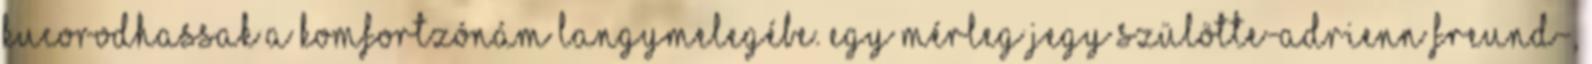
kucorodhassak a komfortzónám langymelegébe. Egy mérleg jegy szülötte-Adrienn Freund-,